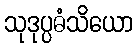
သုဒုပ္ပဓံသိယော